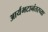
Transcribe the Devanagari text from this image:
आर्यभटानंतरच्या